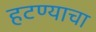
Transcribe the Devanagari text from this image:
हटण्याचा